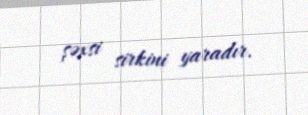
şəxsi sirkini yaradır.